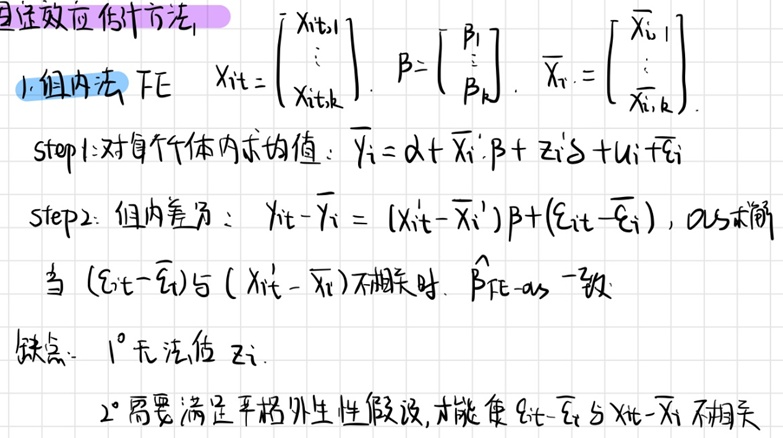
### 固定效应估计方法
1. 组内法 FE
   - \(X_{it}=\begin{bmatrix}X_{it,1}\\\vdots\\X_{it,k}\end{bmatrix}\)，\(\beta=\begin{bmatrix}\beta_{1}\\\vdots\\\beta_{k}\end{bmatrix}\)，\(\overline{X}_{i\cdot}=\begin{bmatrix}\overline{X}_{i,1}\\\vdots\\\overline{X}_{i,k}\end{bmatrix}\)
   - step1: 对每个个体内求均值：\(\overline{y}_{i}=\alpha+\overline{X}_{i\cdot}'\beta + z_{i}'\delta+u_{i}+\overline{\varepsilon}_{i}\)
   - step2: 组内差分：\(y_{it}-\overline{y}_{i}=(X_{it}'-\overline{X}_{i\cdot}')\beta+(\varepsilon_{it}-\overline{\varepsilon}_{i})\)，OLS 估计
   - 当\((\varepsilon_{it}-\overline{\varepsilon}_{i})\)与\((X_{it}-\overline{X}_{i\cdot})\)不相关时，\(\hat{\beta}_{FE - OLS}\)一致
   - 缺点：
     - \(1^{\circ}\)无法估\(z_{i}\)
     - \(2^{\circ}\)需要满足严格外生性假设，才能使\(\varepsilon_{it}-\overline{\varepsilon}_{i}\)与\(X_{it}-\overline{X}_{i\cdot}\)不相关